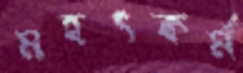
মহৎকর্ম